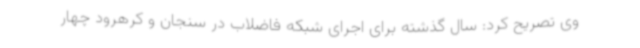
وی تصریح کرد: سال گذشته برای اجرای شبکه فاضلاب در سنجان و کرهرود چهار